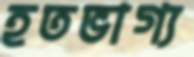
হতভাগ্য